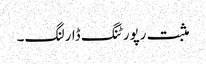
مثبت رپورٹنگ ڈارلنگ۔